65_HS1-834228961_62-HQ-83894_SUB_A
Agency: FBI
Page 21
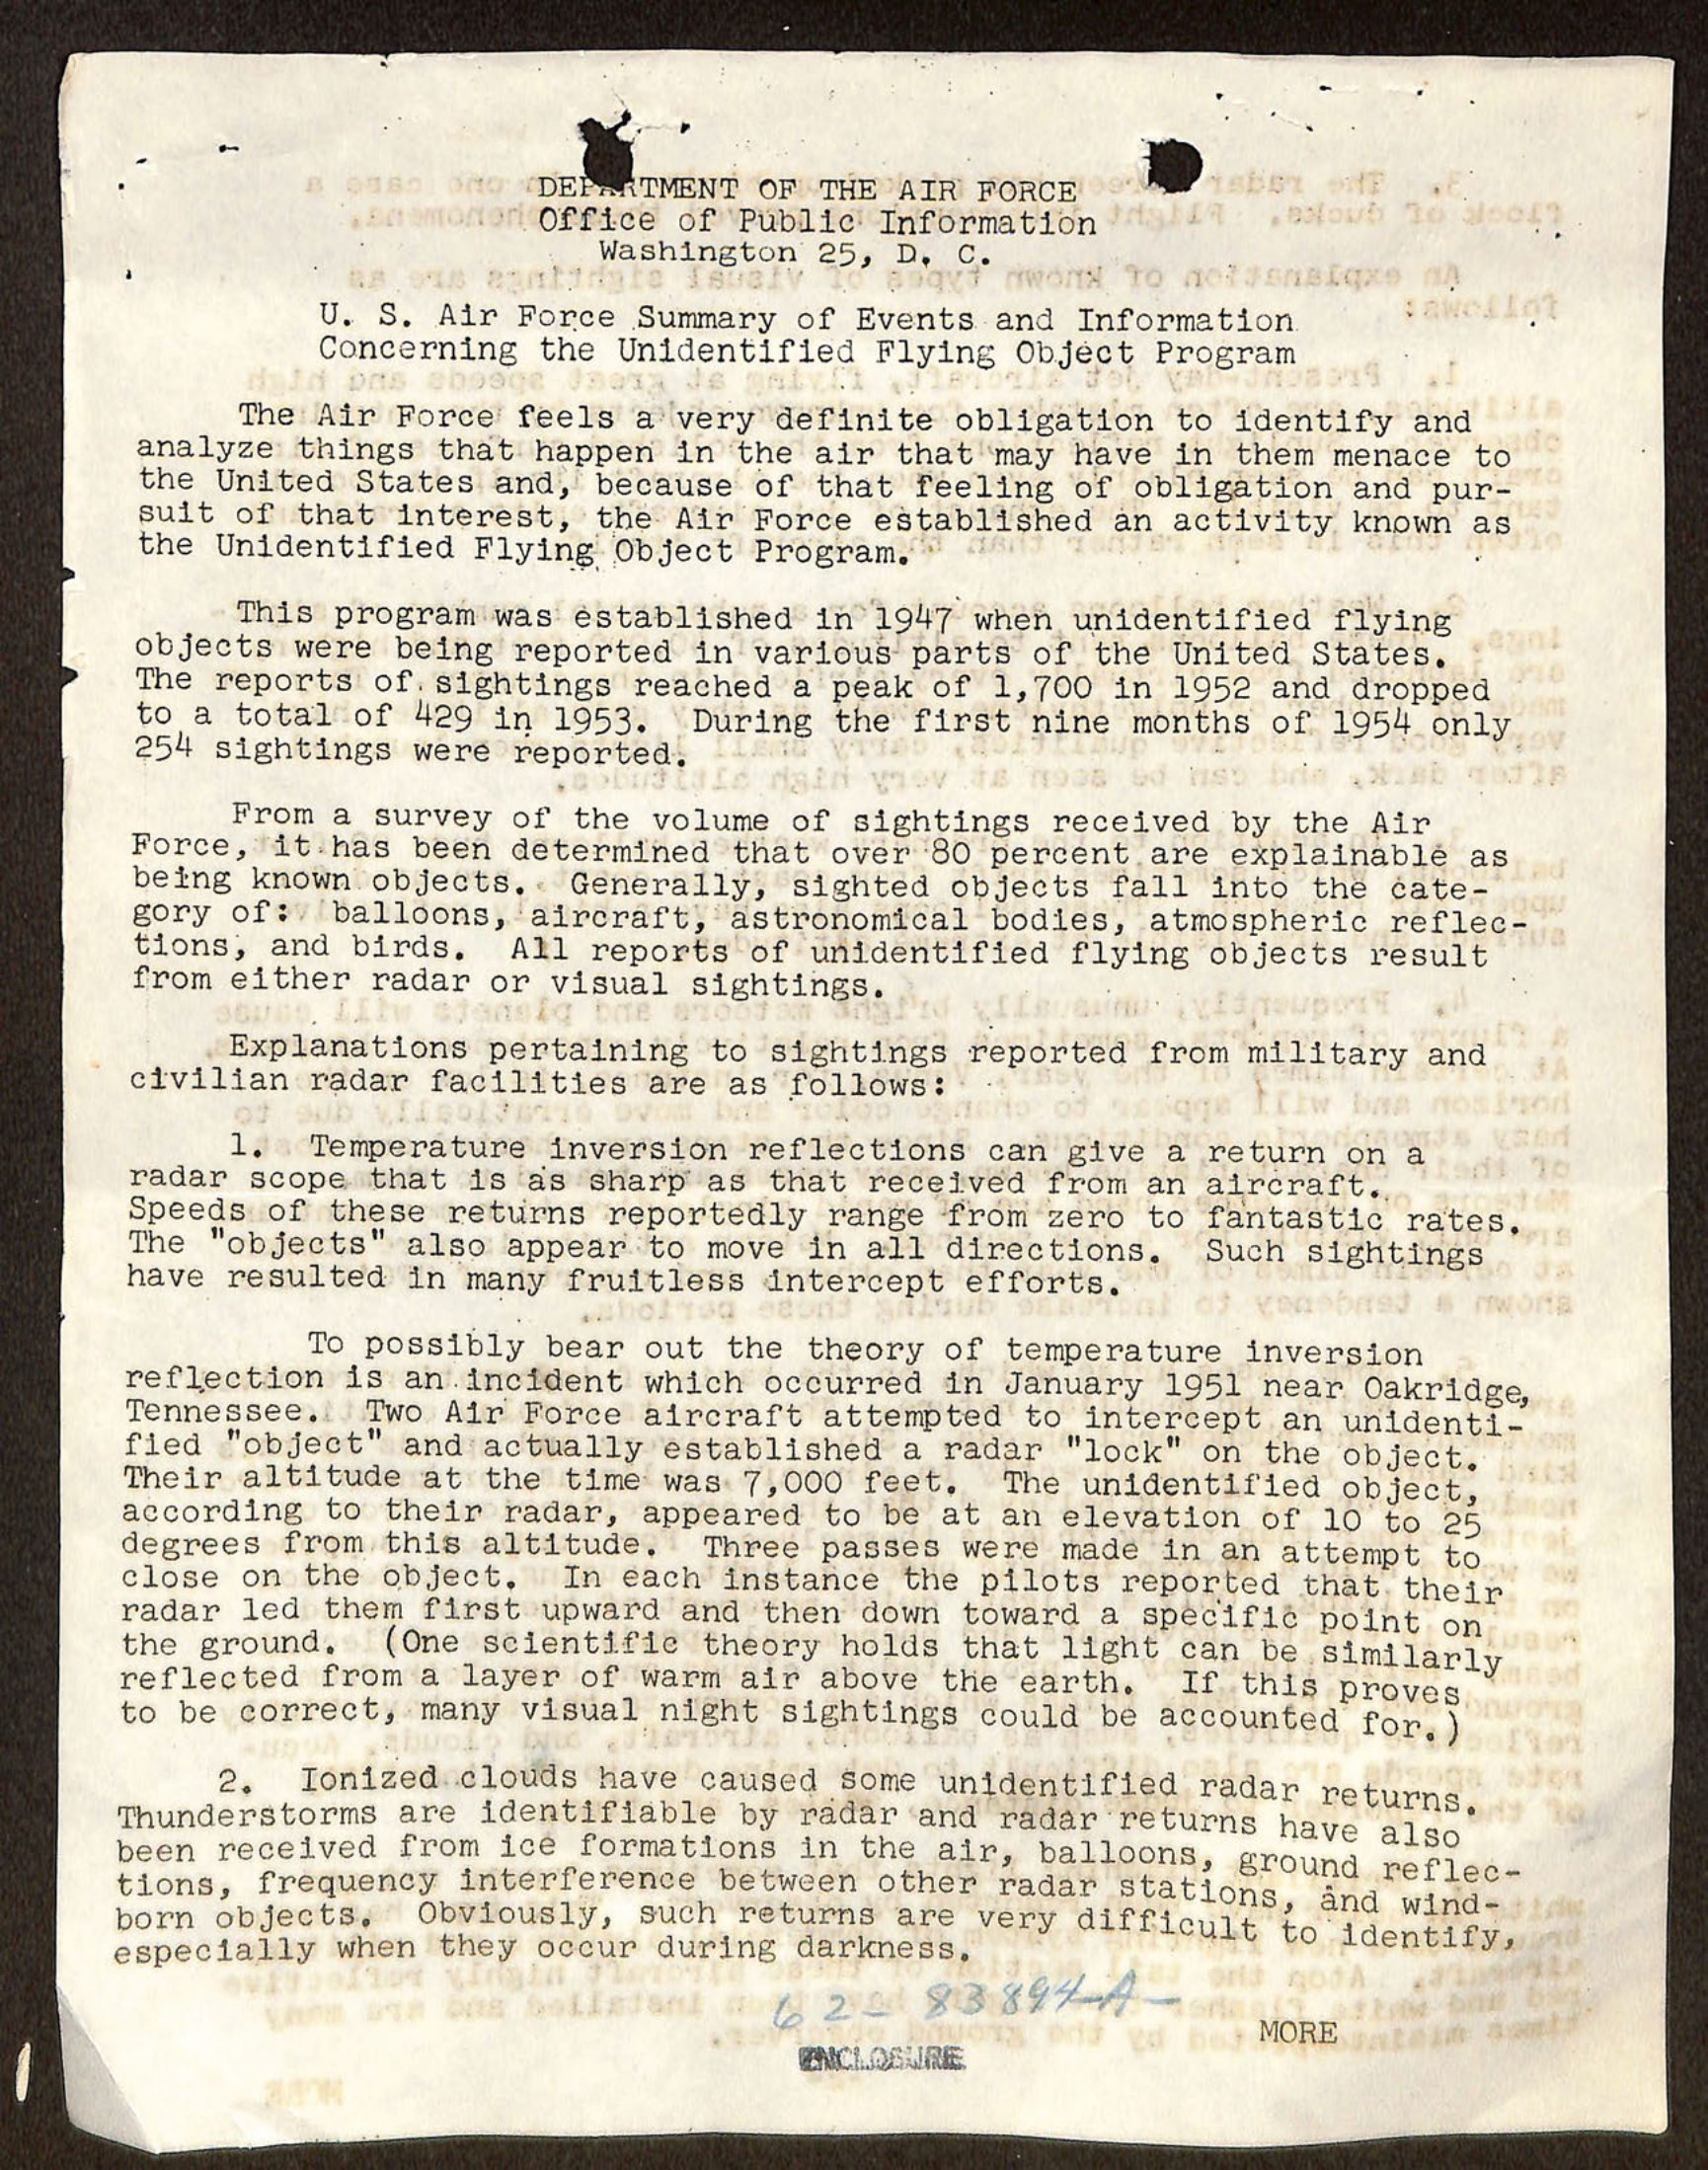